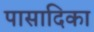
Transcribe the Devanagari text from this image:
पासादिका